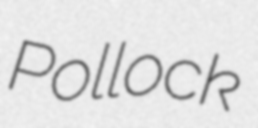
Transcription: Pollock